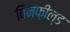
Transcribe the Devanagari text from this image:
विनफ़ील्ड